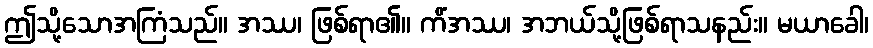
ဤသို့သောအကြံသည်။ အဿ၊ ဖြစ်ရာ၏။ ကိံအဿ၊ အဘယ်သို့ဖြစ်ရာသနည်း။ မယာခေါ၊